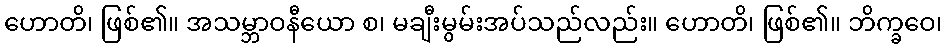
ဟောတိ၊ ဖြစ်၏။ အသမ္ဘာဝနီယော စ၊ မချီးမွမ်းအပ်သည်လည်း။ ဟောတိ၊ ဖြစ်၏။ ဘိက္ခဝေ၊